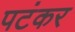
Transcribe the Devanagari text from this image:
पटंकर